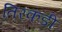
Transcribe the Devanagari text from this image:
तिरकडी